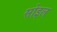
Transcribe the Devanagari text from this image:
सोइल